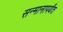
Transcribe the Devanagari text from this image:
सन्मानापर्यंत